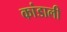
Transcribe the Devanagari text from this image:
कांडाली